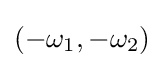
(-\omega _{1},-\omega _{2})